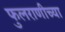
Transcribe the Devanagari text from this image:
फुलराणीच्या